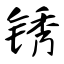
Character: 锈